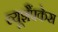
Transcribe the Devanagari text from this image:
ब्यूशैंपकेस